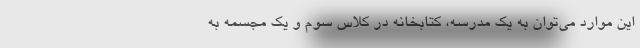
این موارد می‌توان به یک مدرسه، کتابخانه‌ در کلاس سوم و یک مجسمه‌ به